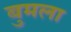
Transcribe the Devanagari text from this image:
बुमला